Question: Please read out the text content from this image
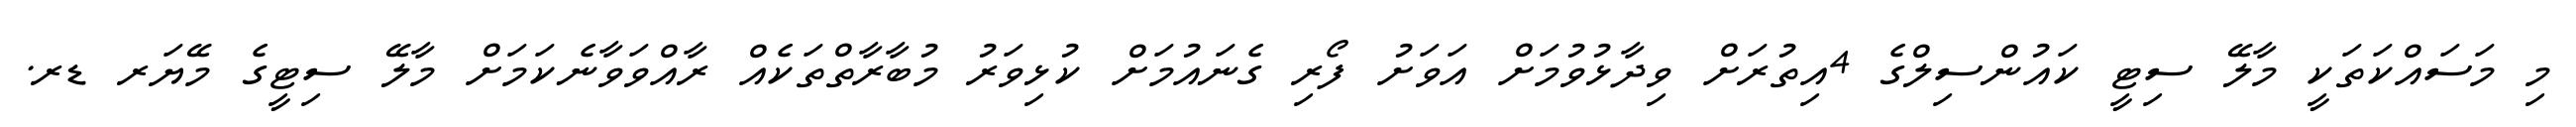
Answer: މި މަސައްކަތަކީ މާލޭ ސިޓީ ކައުންސިލްގެ 4އިތުރަށް ވިދާޅުވުމަށް އަވަށު ފޯރި ގެނައުމަށް ކުޅިވަރު މުބާރާތްތަކެއް ރާއްވަވާނެކަމަށް މާލޭ ސިޓީގެ މޭޔަރ ޑރ.